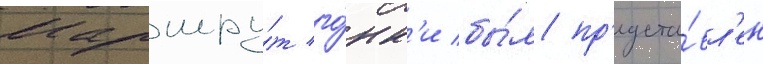
Маршру́т го́нк'и бы́л пр'едста́вл'ен